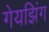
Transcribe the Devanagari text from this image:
गेयझिंग